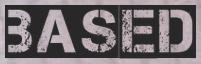
BASED